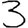
Digit: 3